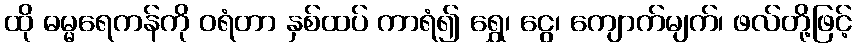
ထို ဓမ္မရေကန်ကို ဝရံတာ နှစ်ထပ် ကာရံ၍ ရွှေ၊ ငွေ၊ ကျောက်မျက်၊ ဖလ်တို့ဖြင့်